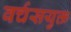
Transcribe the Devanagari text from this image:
वर्चसयुक्त